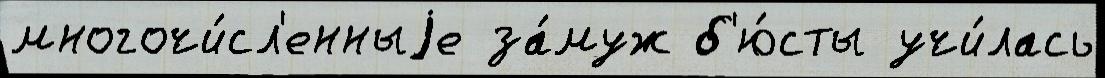
многочи́сл'енныjе за́муж б'ю́сты учи́лась